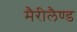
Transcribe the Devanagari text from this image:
मैरीलैण्ड